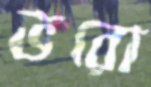
ভরো